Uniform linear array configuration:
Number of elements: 64
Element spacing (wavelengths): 0.75
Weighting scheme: binomial
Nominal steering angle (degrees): -60
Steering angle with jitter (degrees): -59.359
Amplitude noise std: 0.05
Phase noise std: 0.05

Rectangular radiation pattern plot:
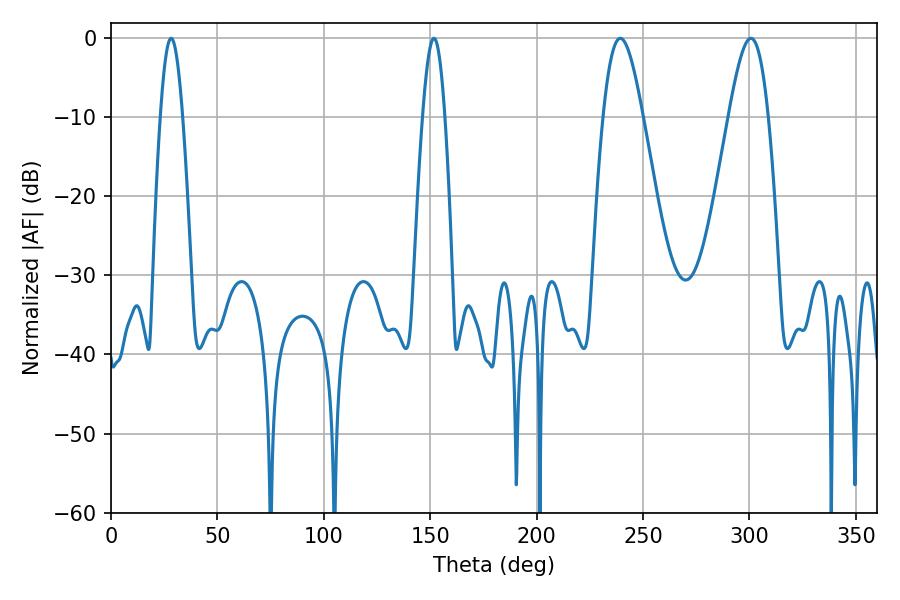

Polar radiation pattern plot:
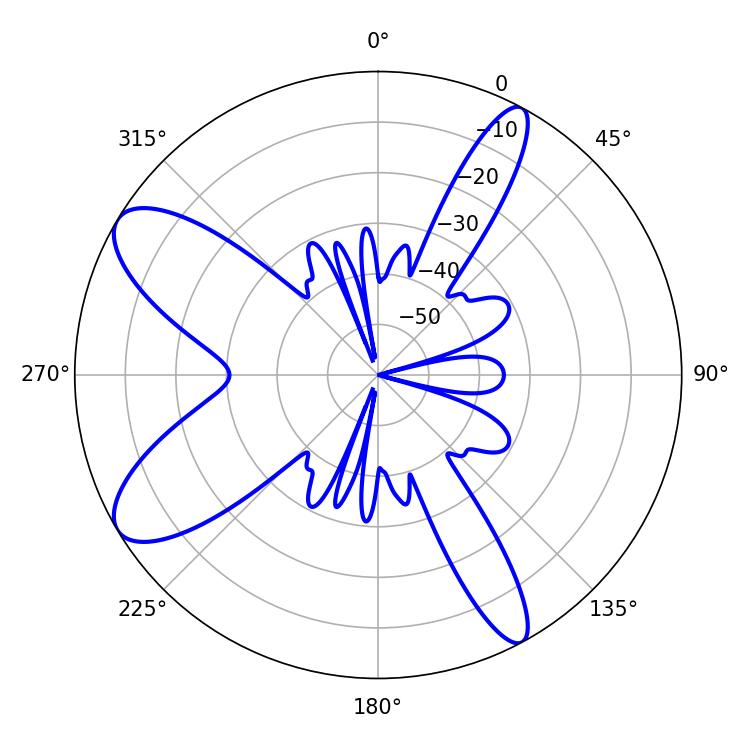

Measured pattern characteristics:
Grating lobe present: TRUE
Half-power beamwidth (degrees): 5.58
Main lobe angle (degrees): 28.26